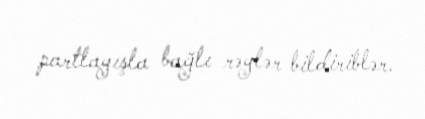
partlayışla bağlı rəylər bildiriblər.